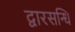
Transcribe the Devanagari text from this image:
द्वारसन्धि